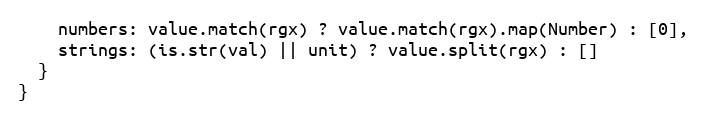
Language: JavaScript
    numbers: value.match(rgx) ? value.match(rgx).map(Number) : [0],
    strings: (is.str(val) || unit) ? value.split(rgx) : []
  }
}